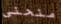
منحنى